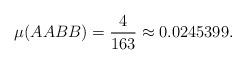
LaTeX: \begin{align*}\mu(AABB)=\frac{4}{163}\approx0.0245399.\end{align*}